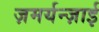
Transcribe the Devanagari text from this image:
ज़मर्यन्ज़ाई